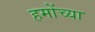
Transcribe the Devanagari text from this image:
हमोंच्या